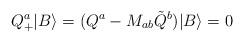
LaTeX: \begin{align*}Q_{+}^a |B\rangle = (Q^a - M_{ab} \tilde{Q}^b ) |B\rangle = 0\end{align*}